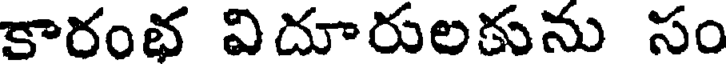
కారంభ విదూరులకును సం